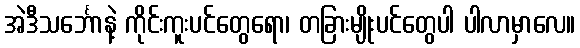
အဲဒီသင်္ဘောနဲ့ ကိုင်းကူးပင်တွေရော၊ တခြားမျိုးပင်တွေပါ ပါလာမှာလေ။